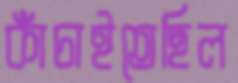
কাঁচাইতেছিল